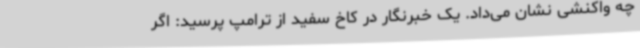
چه واکنشی نشان می‌داد. یک خبرنگار در کاخ سفید از ترامپ پرسید: اگر